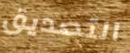
التصديق